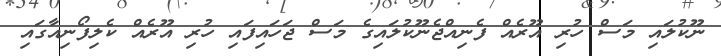
ނޫކުލައި މަސް ހުރި އޫރެއް ފެނިއްޖެނޫކުލައިގެ މަސް ޖަހައިފައި ހުރި އޫރެއް ކެލިފޯނިއާގައި